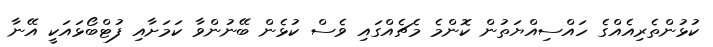
ކުޅުންތެރިއެއްގެ ހައްސިއްޔަތުން ކޮންމެ މެޗެއްގައި ވެސް ކުޅެން ބޭނުންވާ ކަމަށާއި ފުޓްބޯޅައަކީ އޭނާ